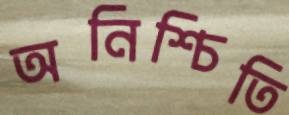
অনিশ্চিতি